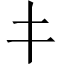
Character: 𰀁